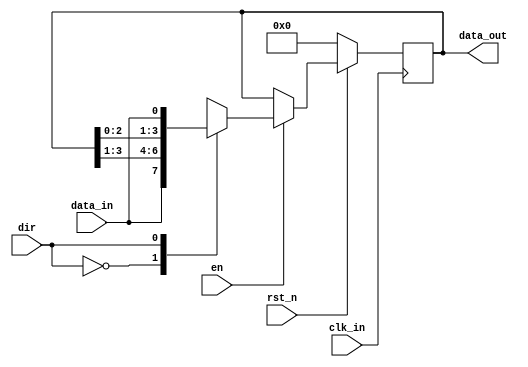
module shift4bit #(
    parameter    REG_LEN  = 4
) (
  input      clk_in,rst_n,dir,en, // reset is active low
  input      data_in,
  output reg[REG_LEN - 1 : 0] data_out
);
always @(posedge clk_in)
    if (!rst_n)
        data_out <= 0; // reset
    else
        begin
            if (en)
                case(dir) // shifting
                    0 : data_out <= { data_in, data_out[REG_LEN - 1:1] }; // right shift
                    1 : data_out <= { data_out[REG_LEN-2:0], data_in };    // left shift
                endcase
            else 
                data_out <= data_out; // latch
        end

endmodule  //4shift